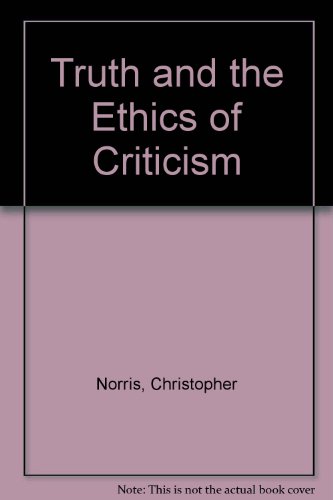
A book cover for Truth and the Ethics of Criticism; Christopher Norris; Politics & Social Sciences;